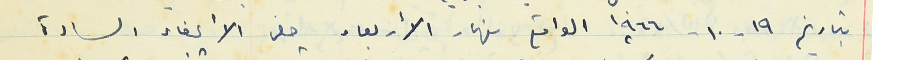
بتاريخ ١٩ - ١٠ - ١٩٦٦ الواقع نهار الأربعاء حضر الأعضاء السادة